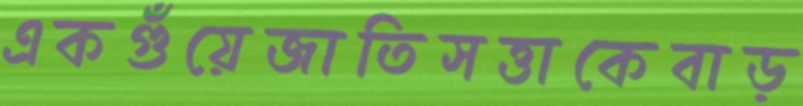
একগুঁয়েজাতিসত্তাকেবাড়